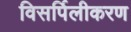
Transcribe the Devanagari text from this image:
विसर्पिलीकरण